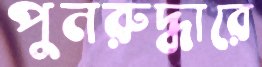
পুনরুদ্ধারে